Sexual cycle of Leucocytozoon canis in the tick - Number 28
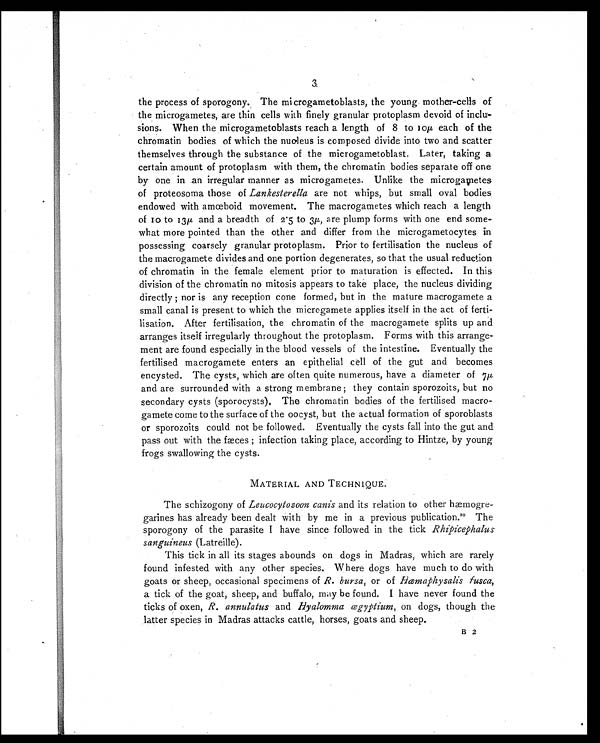
3
the process of sporogony. The microgametoblasts, the young mother-cells of
the microgametes, are thin cells with finely granular protoplasm devoid of inclu
-sions. When the microgametoblasts reach a length of 8 to 10µ each of the
chromatin bodies of which the nucleus is composed divide into two and scatter
themselves through the substance of the microgametoblast. Later, taking a
certain amount of protoplasm with them, the chromatin bodies separate off one
by one in an irregular manner as microgametes. Unlike the microgametes
of proteosoma those of Lankesterella are not whips, but small oval bodies
endowed with amœboid movement. The macrogametes which reach a length
of 10 to 13µ, and a breadth of 2 . 5 to 3µ, are plump forms with one end some-
what more pointed than the other and differ from the microgametocytes in
possessing coarsely granular protoplasm. Prior to fertilisation the nucleus of
the macrogamete divides and one portion degenerates, so that the usual, reduction
of chromatin in the female element prior to maturation is effected. In this
division of the chromatin no mitosis appears to take place, the nucleus dividing
directly ; nor is any reception cone formed, but in the mature macrogamete a
small canal is present to which the microgamete applies itself in the act of ferti-
lisation. After fertilisation, the chromatin of the macrogamete splits up and
arranges itself irregularly throughout the protoplasm. Forms with this arrange
ment are found especially in the blood vessels of the intestine. Eventually the
fertilised macrogamete enters an epithelial cèll of the gut and becomes
encysted. The cysts, which are often quite numerous, have a diameter of 7µ,
and are surrounded with a strong membrane ; they contain sporozoits, but no
secondary cysts (sporocysts). The chromatin bodies of the fertilised macro-
gamete come to the surface of the oocyst, but the actual formation of sporoblasts
or sporozoits could not be followed. Eventually the cysts fall into the gut and
pass out with the fæces ; infection taking place, according to Hintze, by young
frogs swallowing the cysts.
MATERIAL AND TECHNIQUE.
The schizogony of Leucocytozoon canis and its relation to other hæmogre-
garines has already been dealt with by me in a previous publication. 10 The
sporogony of the parasite I have since followed in the tick Rhipicephalus
sanguineus (Latreille).
This tick in all its stages abounds on dogs in Madras, which are rarely
found infested with any other species. Where dogs have much to do with
goats or sheep, occasional specimens of R. bursa, or of Hemaphysalis fusca,
a tick of the goat, sheep, and buffalo, may be found. I have never found the
ticks of oxen, R. annulatus and Hyalomma ægyptium, on dogs, though the
latter species in Madras attacks cattle, horses, goats and sheep.
B 2